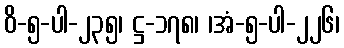
ဝိ-၅-ပါ-၂၃၅၊ ဋ္ဌ-၁၇၈၊ ၊အံ-၅-ပါ-၂၂၆၊